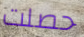
حصلت